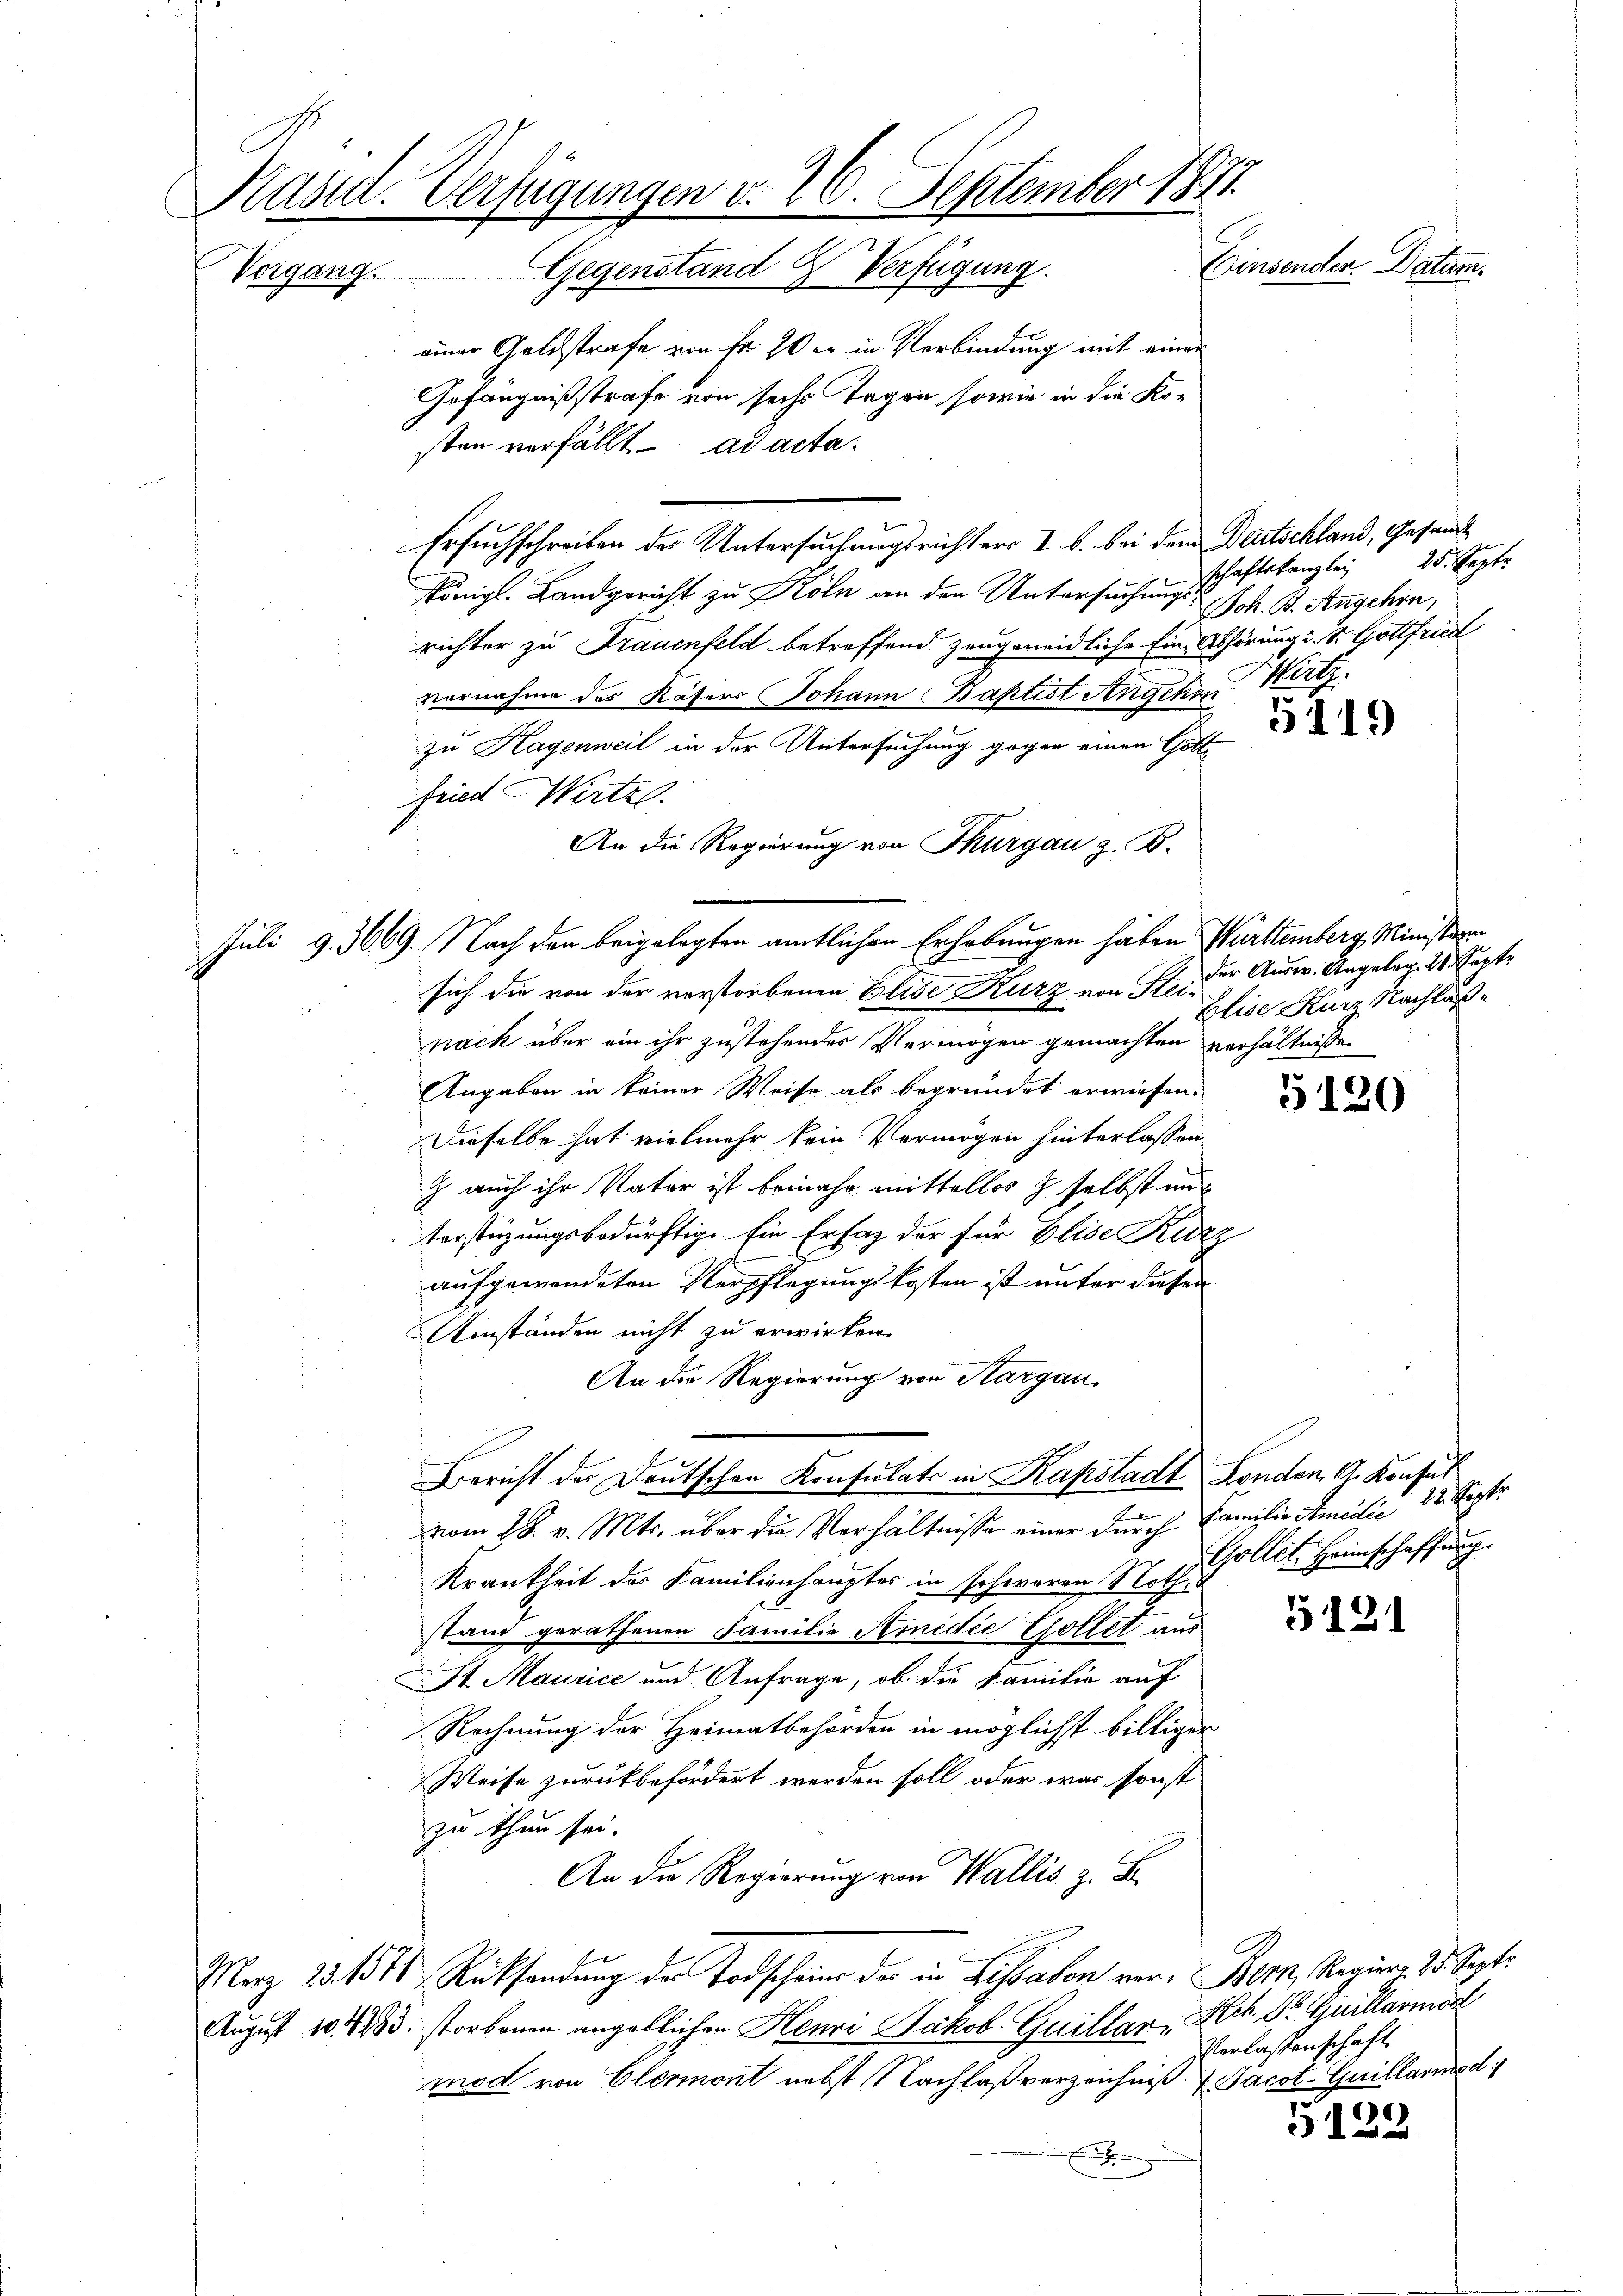
Präsid. Verfügungen v. 26. September 1871.
Einsenden Datum
Vergang. Gegenstand & Verfügung.

einer Geldstrafe von fr 20 er in Verbindung mit einer
Gefängnißstrafe von sechs Tagen sowie in die Kon
sten verfällt ad acta¬
Ersuchschreiben des Untersuchungsrichten I b. bei dem Deutschland, Gesandt
Königl. Landgericht zu Köln an den Untersuchungs J. B. Angehen,
richter zu Frauenfeld betreffend zeugeneidliche Ein Abhörung u. s. Gottfried
vernahme des Käsors Johann Baptist Angehen Wirtz
zu Hagenweil in der Untersuchung gegen einen Gottfried Wirtzl.
An die Regierung von Thurgau z. B.
Juli d. 3669. Nach den beigelegten amtlichen Erhebungen haben Württemberg Ministern
sich die von der verstorbenen Elise Kurz von Sei der Ausw. Angelag. 20. Septe
nach über ein ihr zustehendes Vermögen gemachten verhältnissen
Angaben in keiner Weise als begründet erwiesen.
Dieselbe hat vielmehr kein Vermögen hinterlassen
J auch ihr Vater ist beinahe mittellos z selbst un
terstüzungsbedürftige Ein Erfaz der für Elise Kurz
aufgewendeten Verpflegungskosten ist unter diesen
Ainständen nicht zu erwirken.
An die Regierung von Aargau.
Bericht der Deutschen Konsulats in Kapstadt London, G. Konsul
vom 28. v. Mts. über die Verhältnisse einer durch Familie Amedić, 22. Septe
Gollet Heimschaffung.
Krankheit des Familienhauptes in schweren Noth¬
5121
stand gerathenen Familie Amidie Gollet aus
St Maurice und Anfrage, ob die Familie auf
Rechnung der Heimatbehörden in möglichst billiger
Weise zurückbefördert werden soll, oder war sonst
zu thun sei.
An die Regierung von Wallis z. B.
Merz 13. 1874 Rücksendung der Todscheine der in Lissabon vor. Bern, Regiert. 23. Sept.
August 10.1933. storbenen angeblichen Henri Jakob Guillar, Hch. Dr. Guillarmöd
Verlassenschaft
mod von Elermont nebst Nachlaßverzeichniß Jacot-Guillarmsd
§ 132
f

Wortet.
schaftskanzley

5119

Elie Kurz Nachlaß

5120

)